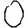
Digit: 0